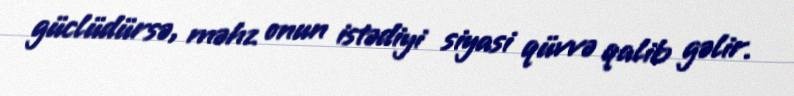
güclüdürsə, məhz onun istədiyi siyasi qüvvə qalib gəlir.